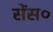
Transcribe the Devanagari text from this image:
सेंस०